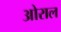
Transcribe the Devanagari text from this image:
ओराल